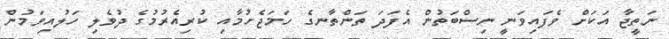
ނަތީޖާ އަކަށް ވެފައިވަނީ ނިސްބަތުން އެފަދަ ތަންތާނގެ ހަމަޖެހުމާއި ކުރިއެރުމުގެ ދުވެލި ހަލުއިވަމުން